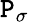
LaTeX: \mathtt{P}_{\sigma}